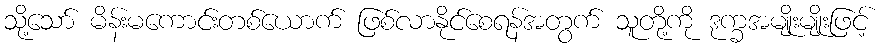
သို့သော် မိန်းမကောင်းတစ်ယောက် ဖြစ်လာနိုင်စေရန်အတွက် သူတို့ကို ဒုက္ခအမျိုးမျိုးဖြင့်